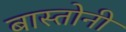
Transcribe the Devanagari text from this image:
बास्तोनी